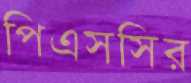
পিএসসির